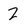
Character: 2